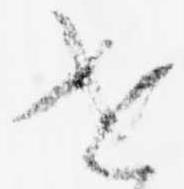
世